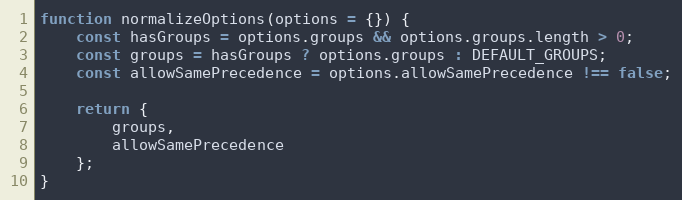
Language: JavaScript
function normalizeOptions(options = {}) {
    const hasGroups = options.groups && options.groups.length > 0;
    const groups = hasGroups ? options.groups : DEFAULT_GROUPS;
    const allowSamePrecedence = options.allowSamePrecedence !== false;

    return {
        groups,
        allowSamePrecedence
    };
}